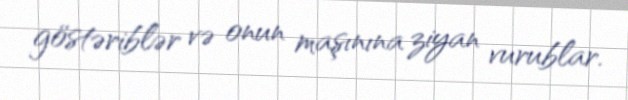
göstəriblər və onun maşınına ziyan vurublar.